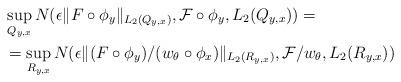
LaTeX: \begin{align*}&\sup_{Q_{y,x}} N(\epsilon\lVert F\circ\phi_{y}\rVert_{L_{2}(Q_{y,x})}, \mathcal{F}\circ\phi_{y}, L_{2}(Q_{y,x}))=\\&=\sup_{R_{y,x}} N(\epsilon\lVert (F\circ\phi_{y})/(w_{\theta}\circ\phi_{x})\rVert_{L_{2}(R_{y,x})}, \mathcal{F}/w_{\theta}, L_{2}(R_{y,x}))\\\end{align*}